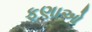
ફણાઓ